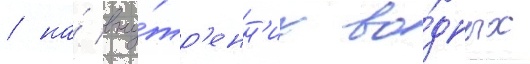
/ на́ вну́тр'енн'их во́дных